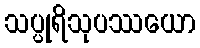
သပ္ပုရိသုပဿယော